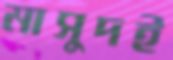
মাসুদই